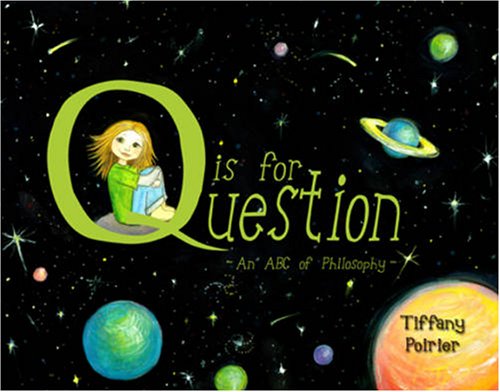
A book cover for Q is for Question: An ABC of Philosophy; Tiffany Poirier; Children's Books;